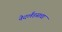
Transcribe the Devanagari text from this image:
नेदर्लंडसचा